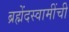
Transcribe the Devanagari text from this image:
ब्रह्मेंदस्वामींची